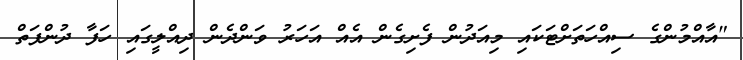
"އާއްމުންގެ ސިއްހަތަށްޓަކައި މިއަދުން ފެށިގެން އެއް އަހަރު ވަންދެން ދިއްލީގައި ހަފާ ދުންފަތް